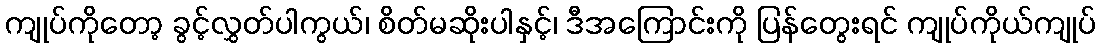
ကျုပ်ကိုတော့ ခွင့်လွှတ်ပါကွယ်၊ စိတ်မဆိုးပါနှင့်၊ ဒီအကြောင်းကို ပြန်တွေးရင် ကျုပ်ကိုယ်ကျုပ်